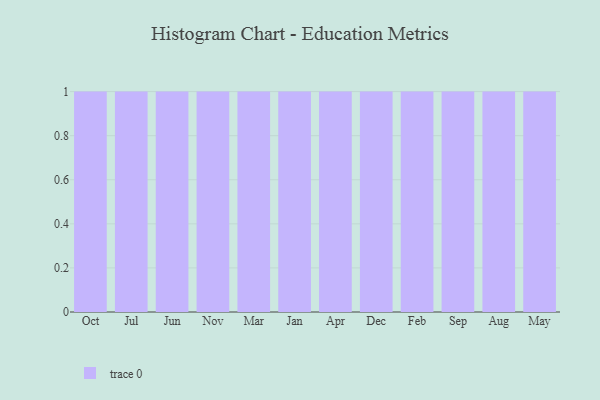
{"axis": {"x": "Month", "y": "Net Income (USD K)"}, "legend": [""], "data": [{"x": "Oct", "y": 78, "type": ""}, {"x": "Jul", "y": 14, "type": ""}, {"x": "Jun", "y": 84, "type": ""}, {"x": "Nov", "y": 39, "type": ""}, {"x": "Mar", "y": 5, "type": ""}, {"x": "Jan", "y": 24, "type": ""}, {"x": "Apr", "y": 29, "type": ""}, {"x": "Dec", "y": 40, "type": ""}, {"x": "Feb", "y": 35, "type": ""}, {"x": "Sep", "y": 64, "type": ""}, {"x": "Aug", "y": 49, "type": ""}, {"x": "May", "y": 74, "type": ""}]}